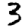
Digit: 3